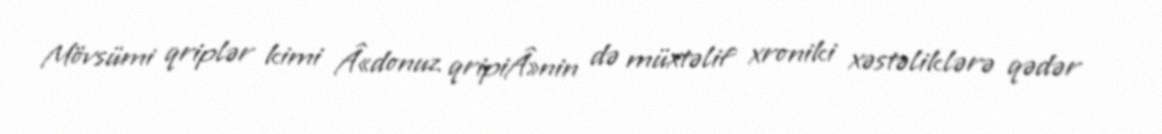
Mövsümi qriplər kimi Â«donuz qripiÂ»nin də müxtəlif xroniki xəstəliklərə qədər